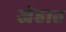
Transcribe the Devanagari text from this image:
स्नेहात